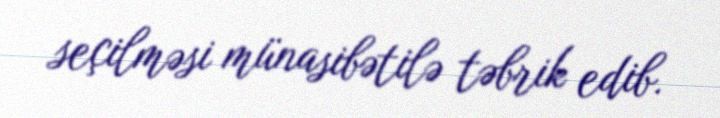
seçilməsi münasibətilə təbrik edib.